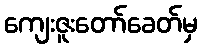
ကျေးဇူးတော်ခေတ်မှ